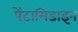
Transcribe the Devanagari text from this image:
पेंटामिडाइन